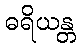
ဓရိယန္တ